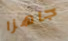
جاهزا